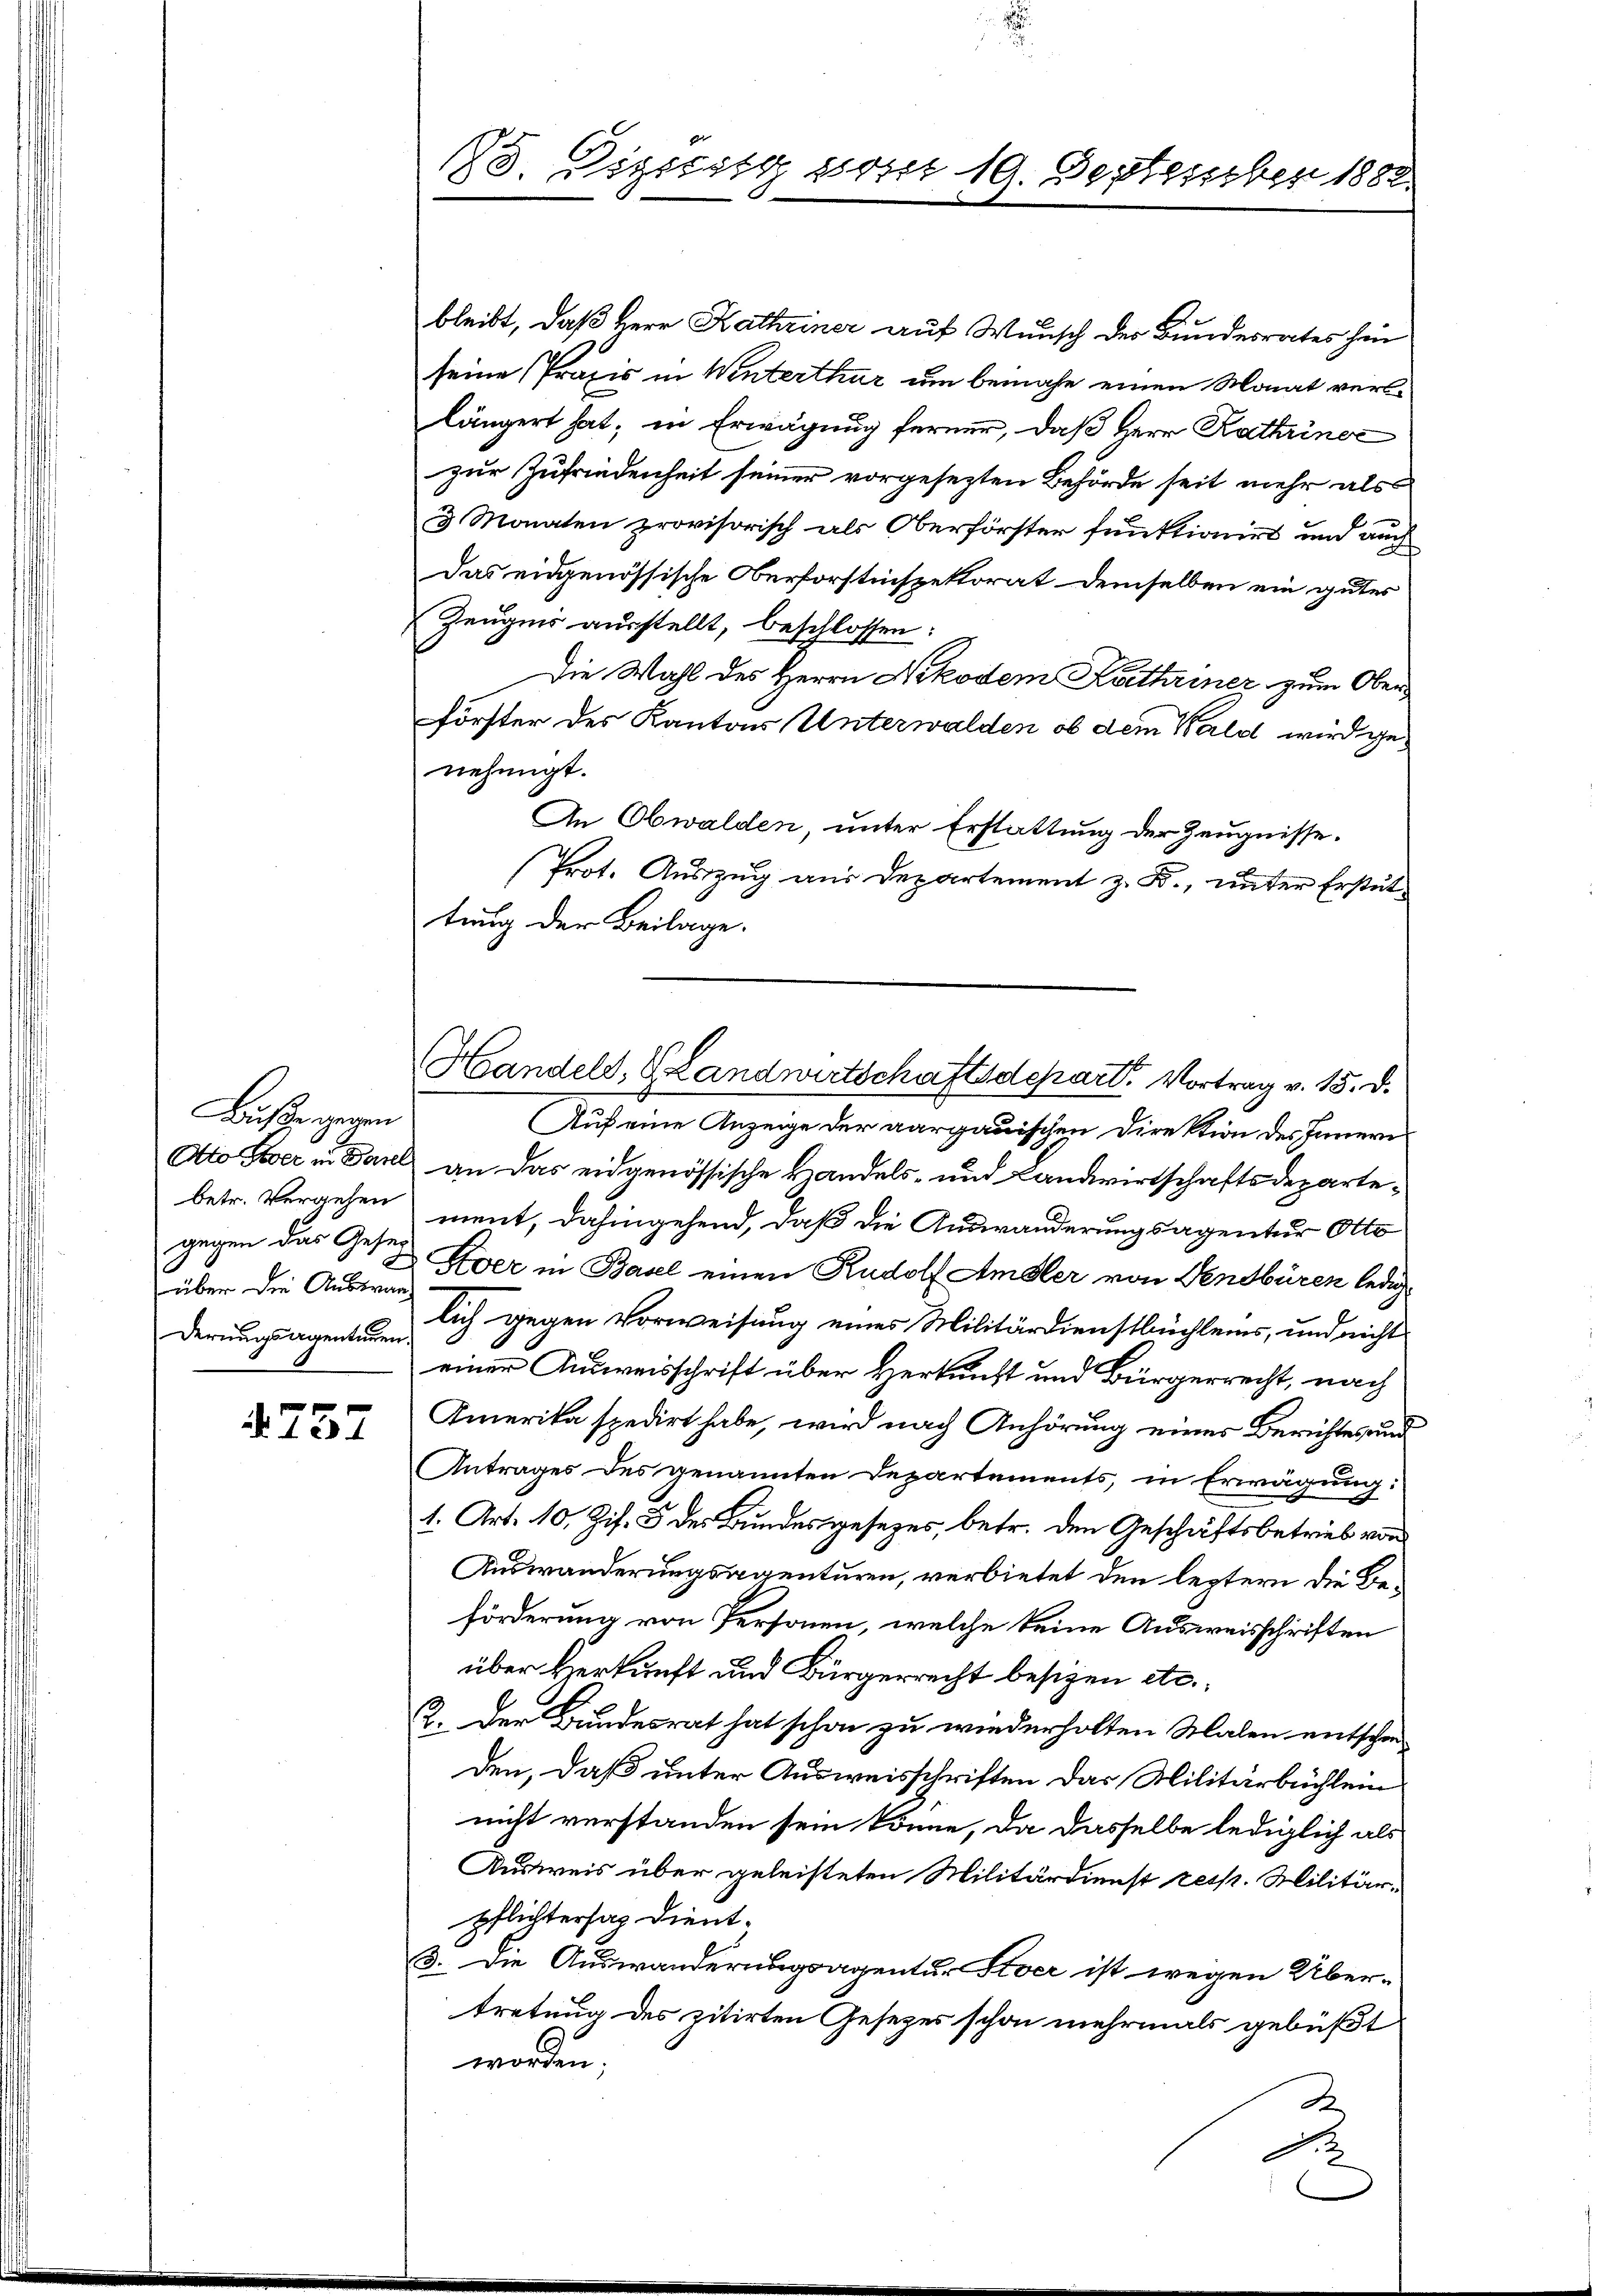
Buße gegen
gegen das Geser
über die Auswan
derungsagentiren.

A. 757

e
18. Dissert vom 19. September 1882.

Handeld, Landwirtschaftsdepart. Vortrag v. 15. d.

bleibt, daß Herr Kathriner auf Wunsch der Bundesrates hin
seine Praxis in Winterthur um benahe einen Monat verslängert hat, in Erwägung ferner, daß Herr Kathriner
zur Zufriedenheit seiner vorgesezten Behörde seit mehr als
3 Monaten provisorisch als Oberförster funktionirt und auch
Das eidgenössische Oberforstinspektorat demselben ein gutes
Zeugnis ausstellt, beschlossen:
Die Wahl des Herrn Nikodem Kathriner zum Oberförster des Kantons Unterwalden ob dem Wald wird genehmigt.
An Obwalden, unter Erstattung der Zeugnisse.
Prot. Auszug aus Departement z. B., unter Erstüttung der Beilage.
Auf eine Anzeige der aargauischen Direktion des Innern
Otto er in Paul an das eidgenössische Handels- und Landwirtschaftsdepartebetr. Vergehen ment, dahingehend, daß die Auswänderungsagentur Otto
& Zver in Basel einen Rudolf Amsler von Fendbüren ledig
lich gegen Vorweisung eines Militärdienstbüchleins, und nicht
einer Ausweisschrift über Herkunft und Bürgerrecht, nach
Amerika spedirt habe, wird nach Anhörung eines Berichtes und
Antrages des genannten Departements, in Erwägung:
1. Art. 10. Zif. 8 des Bundesgesetzes, betr. den Geschäftsbetrieb von
Auswanderungsagenturen, verbietet den leztern die Beförderung von Personen, welche keine Ausweisschriften
über Herkunft und Bürgerrecht besizen etc.
2. Der Bundesrat hat schon zu wiederholten Malen entschen
den, daß unter Ausweisschriften das Militärbüchlein
nicht verstanden sein könne, da dasselbe lediglich als
Ausweis über geleisteten Militärdienst resp. Militär-
pflichtersah dient.
3. Die Auswanderungsagentur Siver ist wegen Über-
tretung des zitirten Gesezes schon mehrmals gebüßt
worden;
de